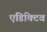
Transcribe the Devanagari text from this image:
एडिक्टिव